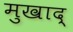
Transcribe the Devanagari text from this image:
मुखाद्